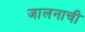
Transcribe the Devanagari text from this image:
जालनाची